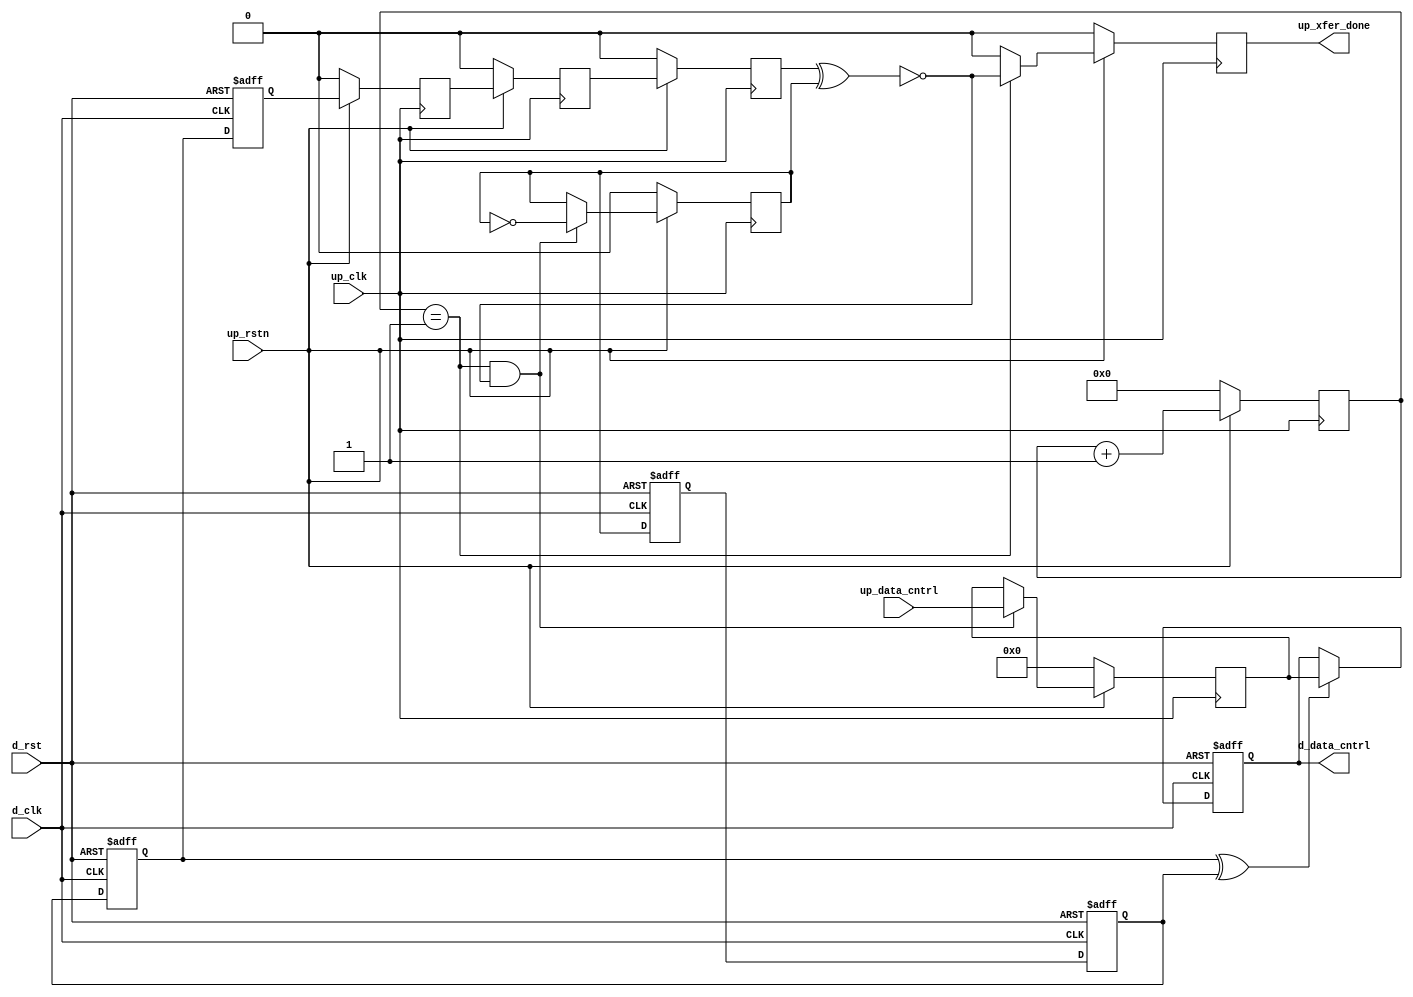
module up_xfer_cntrl_2 #(
  parameter     DATA_WIDTH = 8) (
  input                       up_rstn,
  input                       up_clk,
  input   [(DATA_WIDTH-1):0]  up_data_cntrl,
  output                      up_xfer_done,
  input                       d_rst,
  input                       d_clk,
  output  [(DATA_WIDTH-1):0]  d_data_cntrl);
  reg                         up_xfer_state_m1 = 'd0;
  reg                         up_xfer_state_m2 = 'd0;
  reg                         up_xfer_state = 'd0;
  reg     [ 5:0]              up_xfer_count = 'd0;
  reg                         up_xfer_done_int = 'd0;
  reg                         up_xfer_toggle = 'd0;
  reg     [(DATA_WIDTH-1):0]  up_xfer_data = 'd0;
  reg                         d_xfer_toggle_m1 = 'd0;
  reg                         d_xfer_toggle_m2 = 'd0;
  reg                         d_xfer_toggle_m3 = 'd0;
  reg                         d_xfer_toggle = 'd0;
  reg     [(DATA_WIDTH-1):0]  d_data_cntrl_int = 'd0;
  wire                        up_xfer_enable_s;
  wire                        d_xfer_toggle_s;
  assign up_xfer_done = up_xfer_done_int;
  assign up_xfer_enable_s = up_xfer_state ^ up_xfer_toggle;
  always @(posedge up_clk) begin
    if (up_rstn == 1'b0) begin
      up_xfer_state_m1 <= 'd0;
      up_xfer_state_m2 <= 'd0;
      up_xfer_state <= 'd0;
      up_xfer_count <= 'd0;
      up_xfer_done_int <= 'd0;
      up_xfer_toggle <= 'd0;
      up_xfer_data <= 'd0;
    end else begin
      up_xfer_state_m1 <= d_xfer_toggle;
      up_xfer_state_m2 <= up_xfer_state_m1;
      up_xfer_state <= up_xfer_state_m2;
      up_xfer_count <= up_xfer_count + 1'd1;
      up_xfer_done_int <= (up_xfer_count == 6'd1) ? ~up_xfer_enable_s : 1'b0;
      if ((up_xfer_count == 6'd1) && (up_xfer_enable_s == 1'b0)) begin
        up_xfer_toggle <= ~up_xfer_toggle;
        up_xfer_data <= up_data_cntrl;
      end
    end
  end
  assign d_data_cntrl = d_data_cntrl_int;
  assign d_xfer_toggle_s = d_xfer_toggle_m3 ^ d_xfer_toggle_m2;
  always @(posedge d_clk or posedge d_rst) begin
    if (d_rst == 1'b1) begin
      d_xfer_toggle_m1 <= 'd0;
      d_xfer_toggle_m2 <= 'd0;
      d_xfer_toggle_m3 <= 'd0;
      d_xfer_toggle <= 'd0;
      d_data_cntrl_int <= 'd0;
    end else begin
      d_xfer_toggle_m1 <= up_xfer_toggle;
      d_xfer_toggle_m2 <= d_xfer_toggle_m1;
      d_xfer_toggle_m3 <= d_xfer_toggle_m2;
      d_xfer_toggle <= d_xfer_toggle_m3;
      if (d_xfer_toggle_s == 1'b1) begin
        d_data_cntrl_int <= up_xfer_data;
      end
    end
  end
endmodule